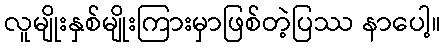
လူမျိုးနှစ်မျိုးကြားမှာဖြစ်တဲ့ပြဿ နာပေါ့။